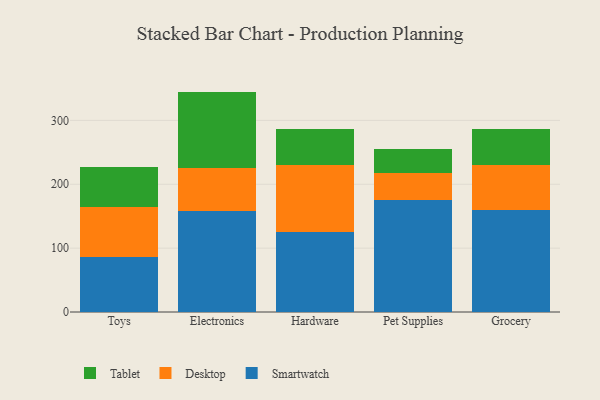
{"axis": {"x": "Category", "y": "Latency (ms)"}, "legend": ["Desktop", "Smartwatch", "Tablet"], "data": [{"x": "Toys", "y": 86.2, "type": "Smartwatch"}, {"x": "Toys", "y": 78.8, "type": "Desktop"}, {"x": "Toys", "y": 62.7, "type": "Tablet"}, {"x": "Electronics", "y": 158.4, "type": "Smartwatch"}, {"x": "Electronics", "y": 66.5, "type": "Desktop"}, {"x": "Electronics", "y": 120.2, "type": "Tablet"}, {"x": "Hardware", "y": 124.9, "type": "Smartwatch"}, {"x": "Hardware", "y": 105.9, "type": "Desktop"}, {"x": "Hardware", "y": 56.0, "type": "Tablet"}, {"x": "Pet Supplies", "y": 176.1, "type": "Smartwatch"}, {"x": "Pet Supplies", "y": 41.1, "type": "Desktop"}, {"x": "Pet Supplies", "y": 38.8, "type": "Tablet"}, {"x": "Grocery", "y": 159.5, "type": "Smartwatch"}, {"x": "Grocery", "y": 70.4, "type": "Desktop"}, {"x": "Grocery", "y": 56.7, "type": "Tablet"}]}